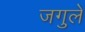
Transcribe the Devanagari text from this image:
जगुले